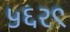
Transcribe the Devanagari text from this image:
५६२९